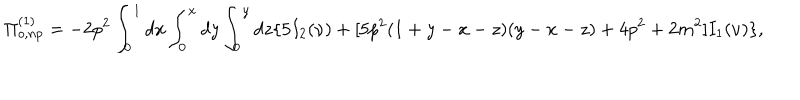
\Pi _ { o , n p } ^ { ( 1 ) } = - 2 p ^ { 2 } \int _ { 0 } ^ { 1 } d x \int _ { 0 } ^ { x } d y \int _ { 0 } ^ { y } d z \{ 5 I _ { 2 } ( \nu ) + [ 5 p ^ { 2 } ( 1 + y - x - z ) ( y - x - z ) + 4 p ^ { 2 } + 2 m ^ { 2 } ] I _ { 1 } ( \nu ) \} ,